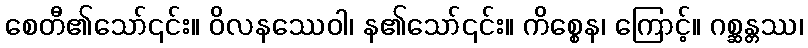
စေတီ၏သော်၎င်း။ ဝိလနဿေဝါ၊ န၏သော်၎င်း။ ကိစ္စေန၊ ကြောင့်။ ဂစ္ဆန္တဿ၊